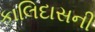
કાલિદાસની